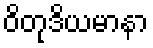
ဝိတုဒိယမာနာ